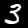
Label: 3